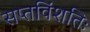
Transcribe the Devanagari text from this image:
सप्तविंशतिः